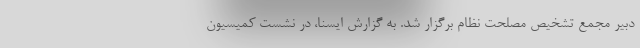
دبیر مجمع تشخیص مصلحت نظام برگزار شد. به گزارش ایسنا، در نشست کمیسیون